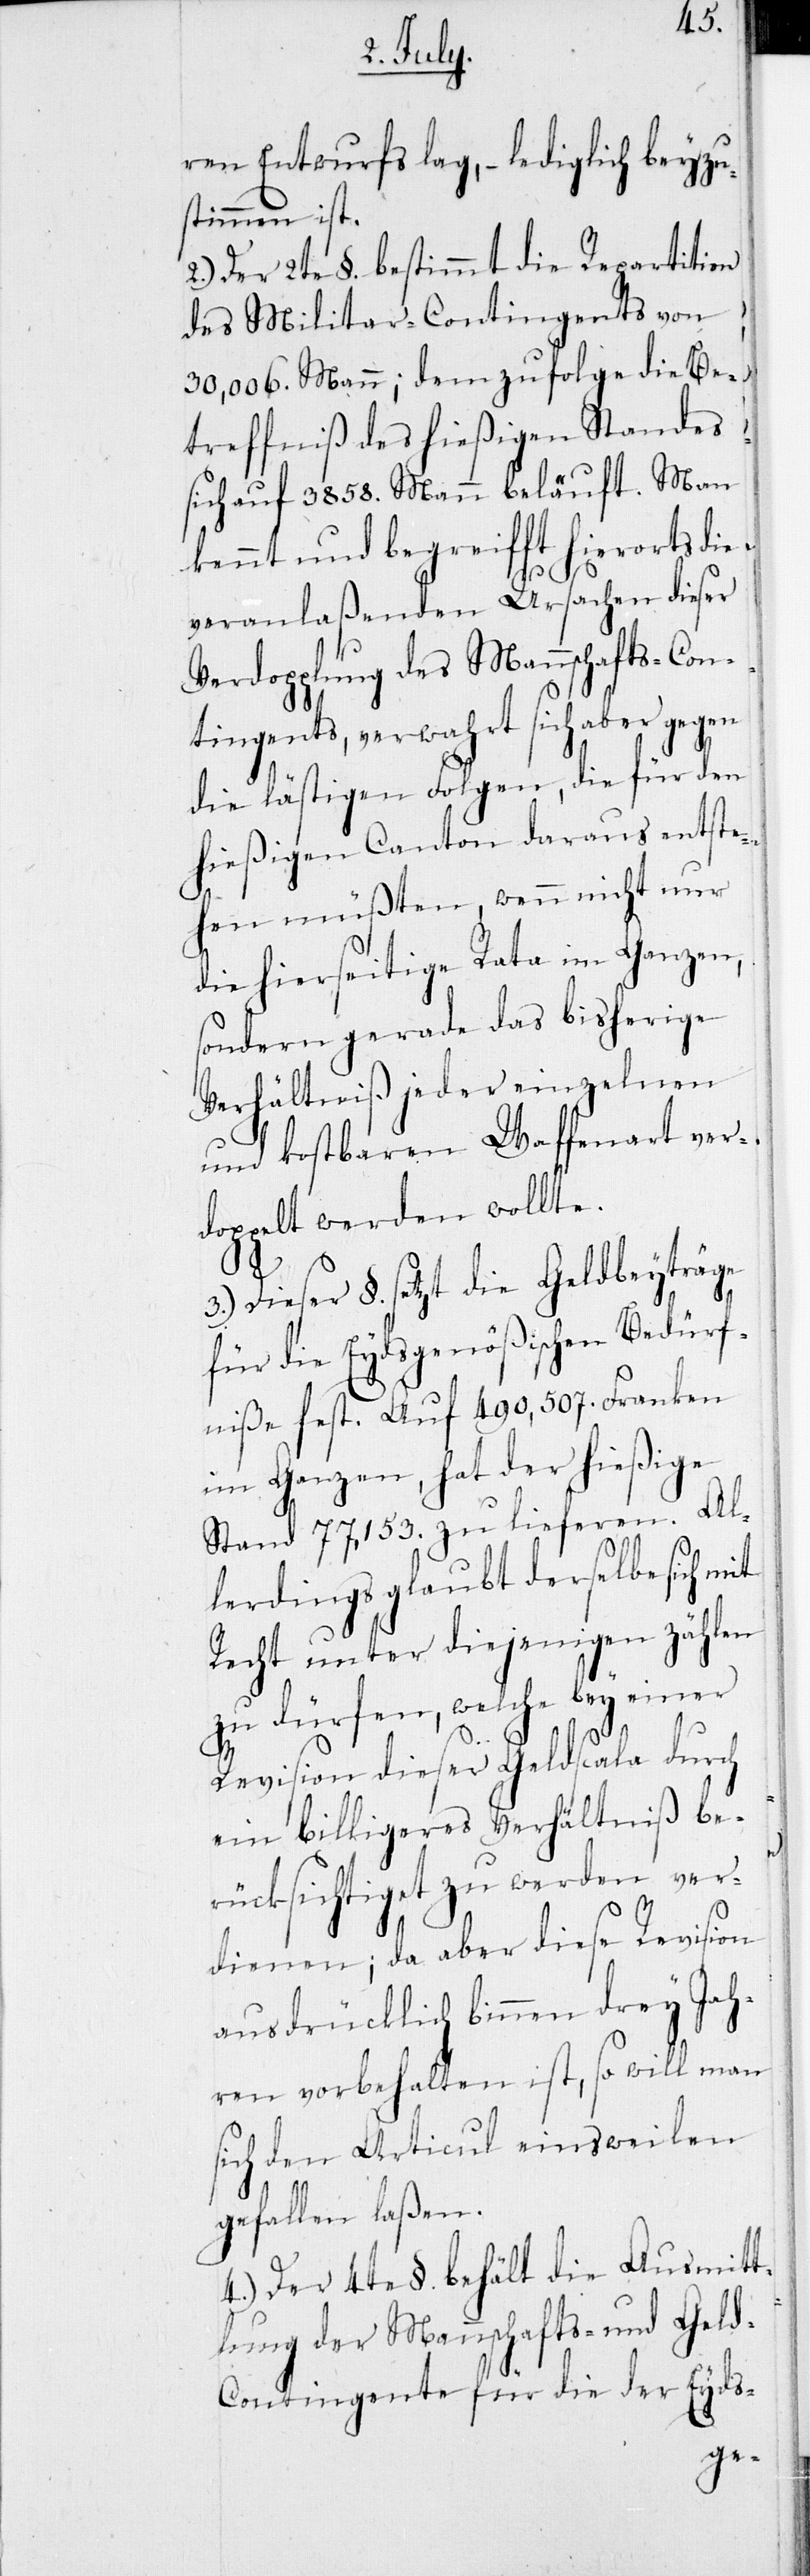
eyzu¬
ren Entwurfs lag, – lediglich b¬
stimmen ist.
2.) Der 2te §. bestimmt die Repartition
des Militar-Contingents von
30,006. Mann; demzufolge die Be¬
treffniß des hießigen Standes
sich auf 3858. Mann beläuft. Man
kennt und begreifft hierorts die
veranlaßenden Ursachen dieser
Verdoppelung des Mannschafts-Con¬
tingents, verwahrt sich aber gegen
die lästigen Folgen, die für den
hießigen Canton daraus entste¬
hen müßten, wenn nicht nur
die hierseitige Rata im Ganzen,
sondern gerade das bisherige
Verhältniß jeder einzelnen
und kostbaren Waffenart ver¬
doppelt werden wollte.
3.) Dieser §. setzt die Geldbeyträge
für die Eydsgenößischen Bedürf¬
niße fest. Auf 490,507. Franken
im Ganzen, hat der hießige
Stand 77,153. zu lieferen. Al¬
lerdings glaubt derselbe sich mit
Recht unter diejenigen zählen
zu dürfen, welche bey einer
Revision dieser Geldscala durch
ein billigeres Verhältniß be¬
rücksichtiget zu werden ver¬
dienen; da aber diese Revision
ausdrücklich binnen drey Jah¬
ren vorbehalten ist, so will man
sich den Articul einstweilen
gefallen laßen.
4.) Der 4te §. behält die Ausmitt¬
lung der Mannschafts- und Gel¬
d-Contingente für die der Eyds-